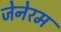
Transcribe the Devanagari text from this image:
जेनेरम